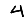
Digit: 4